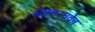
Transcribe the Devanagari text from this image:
सास्काचवैन